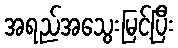
အရည်အသွေးမြင့်ပြီး